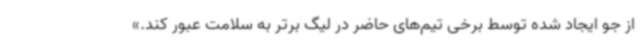
از جو ایجاد شده توسط برخی تیم‌های حاضر در لیگ برتر به سلامت عبور کند.»